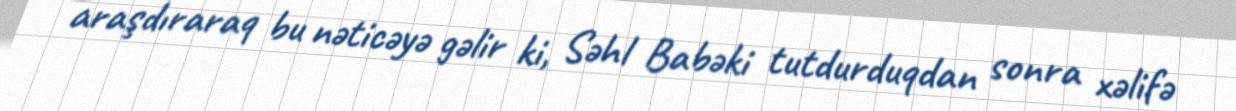
araşdıraraq bu nəticəyə gəlir ki, Səhl Babəki tutdurduqdan sonra xəlifə